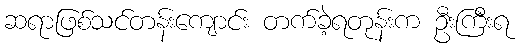
ဆရာဖြစ်သင်တန်းကျောင်း တက်ခဲ့ရတုန်းက ဦးကြီးရ